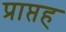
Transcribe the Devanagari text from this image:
प्राप्तह